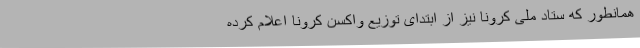
همانطور که ستاد ملی کرونا نیز از ابتدای توزیع واکسن کرونا اعلام کرده